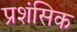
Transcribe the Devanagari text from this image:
प्रशंसिक